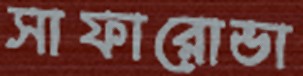
সাফারোভা